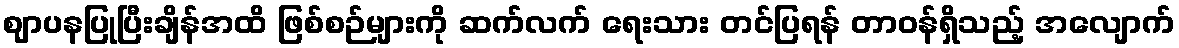
ဈာပနပြုပြီးချိန်အထိ ဖြစ်စဉ်များကို ဆက်လက် ရေးသား တင်ပြရန် တာဝန်ရှိသည့် အလျောက်